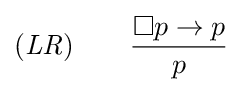
({\mathit {LR}})\qquad {\frac {\Box p\to p}{p}}